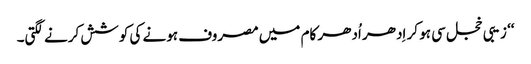
‘‘ زیبی خجل سی ہو کر اِدھر اُدھر کام میں مصروف ہونے کی کوشش کرنے لگتی۔